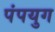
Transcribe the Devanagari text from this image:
पंपयुग